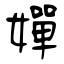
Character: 嬋